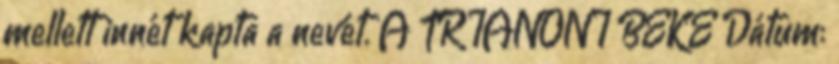
mellett innét kapta a nevét. A TRIANONI BÉKE Dátum: